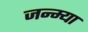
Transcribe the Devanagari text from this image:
जन्म्या